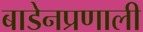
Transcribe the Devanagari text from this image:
बाडेनप्रणाली